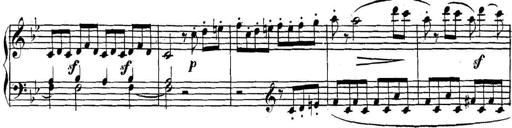
Title: Collected Piano Sonatas
Composer: Muzio Clementi